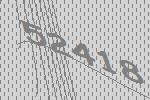
52418